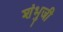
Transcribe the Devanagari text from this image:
शंभुजी